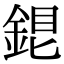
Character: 𨧏